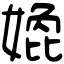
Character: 嫓